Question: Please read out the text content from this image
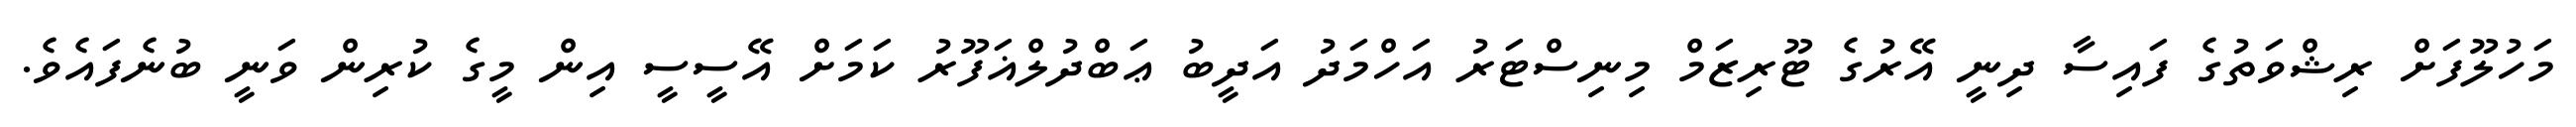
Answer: މަހުލޫފަށް ރިޝްވަތުގެ ފައިސާ ދިނީ އޭރުގެ ޓޫރިޒަމް މިނިސްޓަރު އަހްމަދު އަދީބު ޢަބްދުލްޣަފޫރު ކަމަށް އޭސީސީ އިން މީގެ ކުރިން ވަނީ ބުނެފައެވެ.